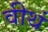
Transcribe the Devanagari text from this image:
वीथं